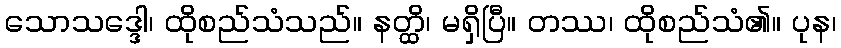
သောသဒ္ဒေါ၊ ထိုစည်သံသည်။ နတ္ထိ၊ မရှိပြီ။ တဿ၊ ထိုစည်သံ၏။ ပုန၊